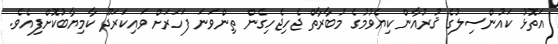
އަތޮޅު ކައުންސިލުގެ ޤުރުއާން ކިޔެވުމުގެ މުބާރާތް ޖެހިޖެހިގެން ތިންވަނަ ފަހަރަށް ވައިކަރަދޫ ކާމިޔާބުކޮށްފިއެވެ.